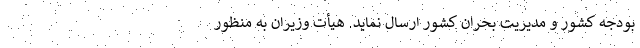
بودجه کشور و مدیریت بحران کشور ارسال نماید. هیأت وزیران به منظور